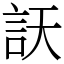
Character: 䚶